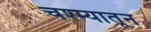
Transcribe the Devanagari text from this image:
चश्म्यातून